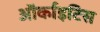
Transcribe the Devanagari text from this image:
ऑर्काइटिस